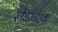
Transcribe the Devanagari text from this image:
रुधिरवाहक